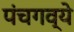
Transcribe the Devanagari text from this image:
पंचगव्ये